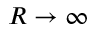
R \to \infty